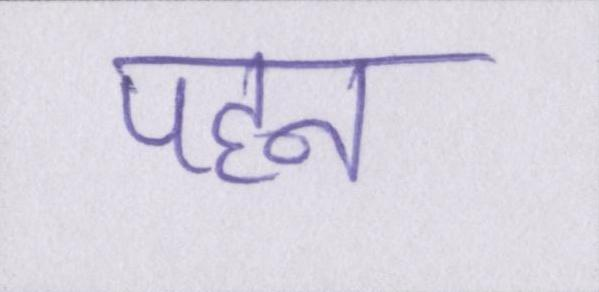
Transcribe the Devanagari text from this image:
पहन